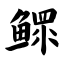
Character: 鳏